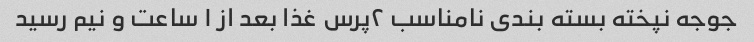
جوجه نپخته بسته بندی نامناسب ۲پرس غذا بعد از ۱ ساعت و نیم رسید